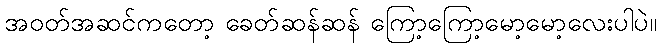
အဝတ်အဆင်ကတော့ ခေတ်ဆန်ဆန် ကြော့ကြော့မော့မော့လေးပါပဲ။